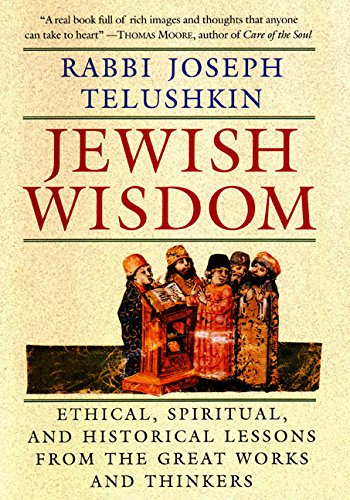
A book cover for Jewish Wisdom:  Ethical, Spiritual, and Historical Lessons from the Great Works and Thinkers; Joseph Telushkin; Religion & Spirituality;